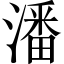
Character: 潘